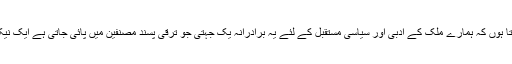
میں سمجھتا ہوں کہ ہمارے ملک کے ادبی اور سیاسی مستقبل کے لئے یہ برادرانہ یک جہتی جو ترقی پسند مصنفین میں پائی جاتی ہے ایک نیک فال ہے۔